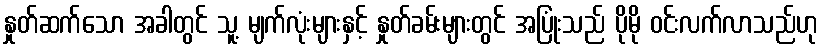
နှုတ်ဆက်သော အခါတွင် သူ့ မျက်လုံးများနှင့် နှုတ်ခမ်းများတွင် အပြုံးသည် ပိုမို ဝင်းလက်လာသည်ဟု